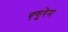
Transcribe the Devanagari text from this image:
एगुरेन